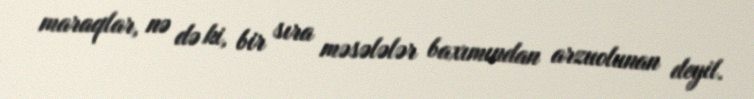
maraqlar, nə də ki, bir sıra məsələlər baxımından arzuolunan deyil.